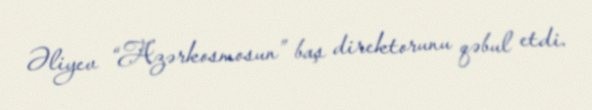
Əliyev “Azərkosmosun” baş direktorunu qəbul etdi.